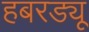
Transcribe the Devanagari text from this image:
हबरड्यू